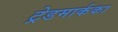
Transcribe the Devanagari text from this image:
ट्रेडमार्कका